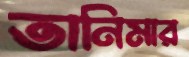
তানিমার